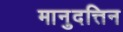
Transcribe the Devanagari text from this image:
मानुदत्तिन